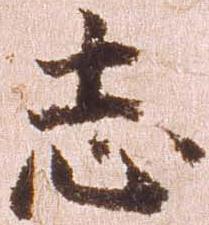
志